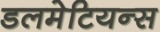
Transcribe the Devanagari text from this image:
डलमेटियन्स